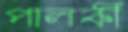
পালকী